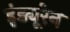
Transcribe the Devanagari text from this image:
इंड्यूरेन